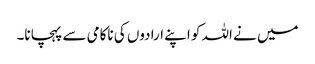
میں نے اللہ کو اپنے ارادوں کی ناکامی سے پہچانا۔